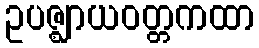
ဥပဇ္ဈာယဝတ္တကထာ